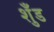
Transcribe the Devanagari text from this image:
शुँड